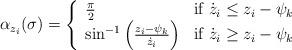
LaTeX: \begin{align*}\alpha_{z_i}(\sigma) = \left\{\begin{array}{ll}\frac{\pi}{2} & \mbox{if $\dot{z}_i \le z_i -\psi_k $} \\\sin^{-1}\left( \frac{z_i -\psi_k }{\dot{z}_i} \right) & \mbox{if $\dot{z}_i \ge z_i -\psi_k $}\end{array}\right.\end{align*}